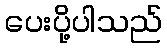
ပေးပို့ပါသည်